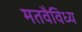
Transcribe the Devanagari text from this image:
मतवैविध्य